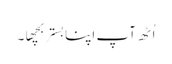
اُٹھ آپ اپنا بِستر بِچھا۔